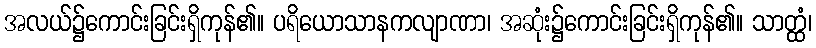
အလယ်၌ကောင်းခြင်းရှိကုန်၏။ ပရိယောသာနကလျာဏာ၊ အဆုံး၌ကောင်းခြင်းရှိကုန်၏။ သာတ္ထံ၊